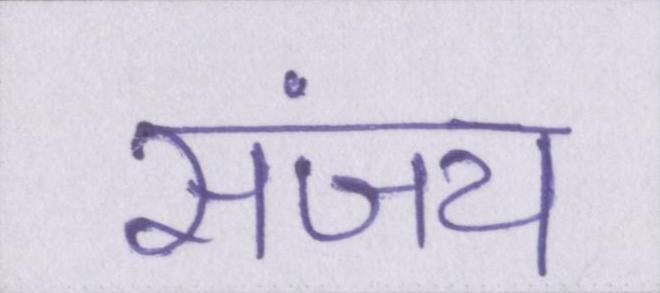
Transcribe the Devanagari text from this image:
संजय